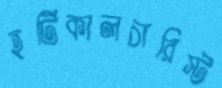
হর্টিকালচারিস্ট